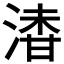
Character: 𣺇